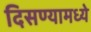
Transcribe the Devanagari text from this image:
दिसण्यामध्ये